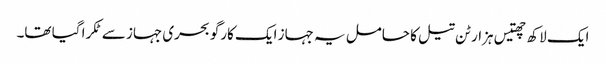
ایک لاکھ چھتیس ہزار ٹن تیل کا حامل یہ جہاز ایک کارگو بحری جہاز سے ٹکرا گیا تھا۔